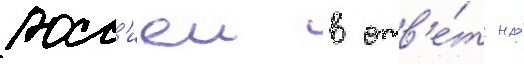
росс'иеи в отв'е́т на́